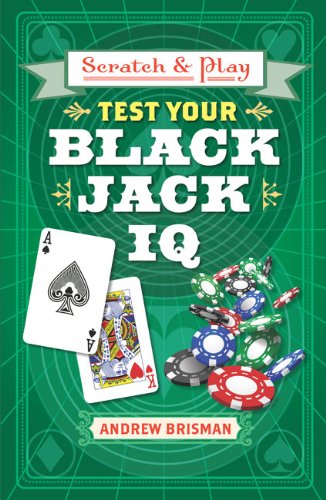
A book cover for Scratch & PlayÂ® Test Your Blackjack IQ; Andrew Brisman; Humor & Entertainment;